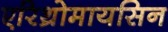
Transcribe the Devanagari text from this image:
एरिथ्रोमायसिन